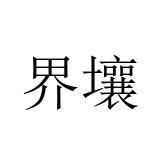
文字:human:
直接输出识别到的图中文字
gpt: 界壤